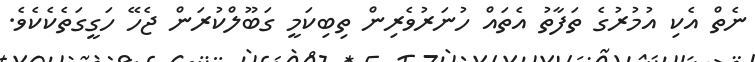
ނެތް އެކި އުމުރުގެ ތަފާތު އެތައް ހުނަރުވެރިން ތިބިކަމީ ގަބޫލްކުރަން ޖެހޭ ހަގީގަތެކެކެވެ.